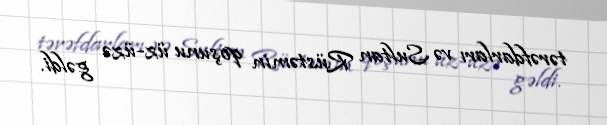
tərəfdarları və Sultan Rüstəmin qoşunu üz-üzə gəldi.